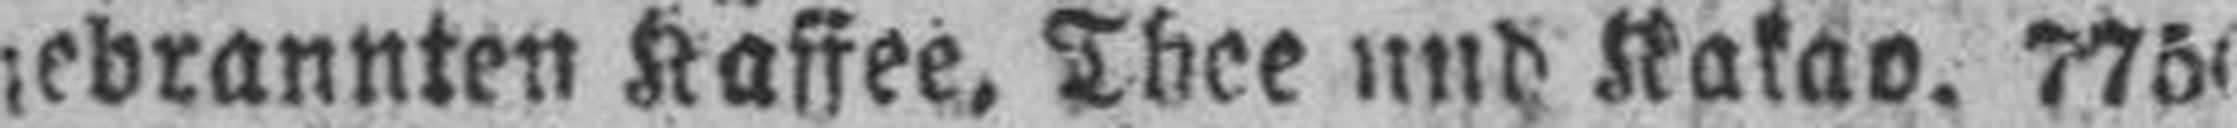
gebrannten Kaffee, Thee und Kakao. 7756